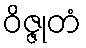
ဝိဇ္ဇုတံ